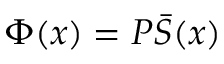
\Phi ( x ) = P \bar { S } ( x )